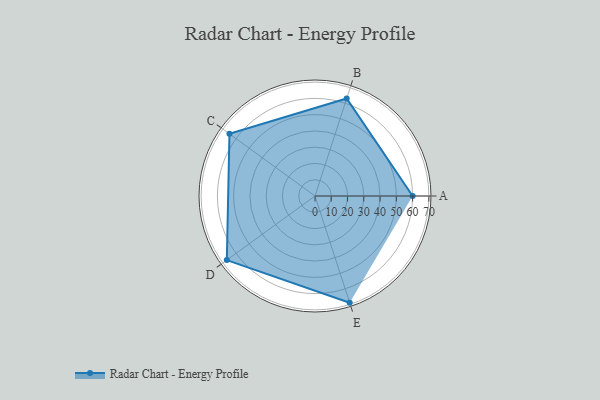
{"axis": {"x": "Skill", "y": "Score"}, "legend": ["Profile"], "data": [{"x": "A", "y": 60.0, "type": "Profile"}, {"x": "B", "y": 63.0, "type": "Profile"}, {"x": "C", "y": 65.0, "type": "Profile"}, {"x": "D", "y": 67.0, "type": "Profile"}, {"x": "E", "y": 69.0, "type": "Profile"}]}